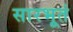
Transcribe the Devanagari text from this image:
सारभूतं